Annual report on the working of the lock hospitals in the Central Provinces
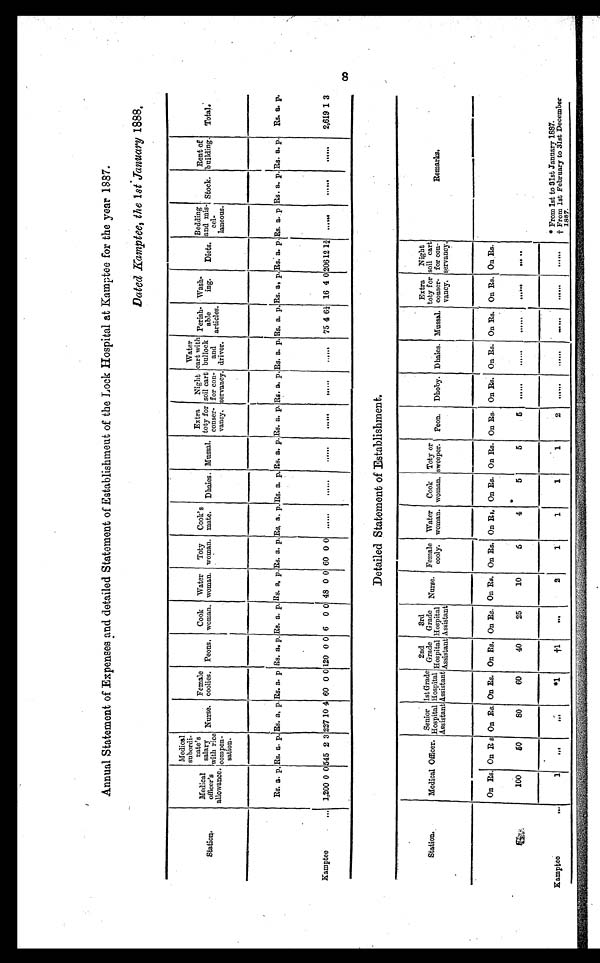
Annual Statement of Expenses and detailed Statement of Establishmeut of the Lock Hospital at Kamptee for the year 1887.
Dated Kamptee, the 1st January 1888.
Station
Medical
officer's
allowance.
Medical
subordi-
nate'
salary
with rice
compen-
sation.
Nurse.
Female
coolies. Peons.
Cook
woman.
Water
woman.
Toty
woman.
Cook's
mate. Dhaies Mussal..
Extra
toty for
-
conseror
vancy,
Night
soil cart
for -
con-
servancy.
Water
cart with
bullock
and
driver.
Perish.
able
articles.
Wash-
ing.
Diets.
Bedding
and mis-
cel -
laneous.
Stock.
Rent of
building. Total.
Rs. a. p. Rs. a. p. Rs. a, p. Rs. a. Rs. a p. Rs. a. p. Rs. a. p. Rs. a. p. Rs. a. p. Rs. a. p. Rs. a.
p
R s . a. p. Rs. a. p. Rs. a. p. Rs. a. p. Rs. a. p Rs; a. p. Rs. a. p Rs. a, p. Rs. a. p. Rs. a. p.
Kamptee
1,200 0 0 545 2 3 227 10 4 60 0 0 120 0 0 6 0 0 48 0 0 60 0 0 ......
......
......
. . . . . .
......
......
75 4 6¼ 16 4 0 206 1 2
1¾ ......
.......
......
2,619 1 3
Detailed Statement of Establishment.
Station.
Medical Officer
Senior
Hospital
Assistant
1st Grade
Hospital
Assistant
2nd
Grade
Hospital
Assistant
3rd
Grade
Hospital
Assistant Nurse
Female
cooly.
Water
woman.
Cook Tay or
woman, sweeper. Peon. Dhoby. Dhaies. Mussal.
Extra
toty for
conser-
vancy.
Night
soil cart
for con-
servancy.
Remarks.
On Rs. On R s On Rs. On Rs. On Rs. On Rs. On Rs. On Rs. On Rs. On Rs. On Rs. On Rs. On Rs. On Rs. On Rs. On Rs. On Rs.
100
50
80
60
40
25
10
5
4
5
5
5 .......
......
......
.......
. . . . . . .
1
...
...
...
2
1
1
1 1
2
.......
.......
.......
......... .......
* From 1st to 31st January 1887.
Kamptee
...
1
. . .
. . . .
*1
†1
. . .
2
1
1 1 1
1
.......
........ .........
......
......
†From 1st February to 31st December
1887.
8